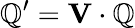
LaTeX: {\cal\mathbb{Q}}^{\prime}={\mathbf{V}}\cdot{\cal\mathbb{Q}}